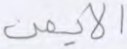
الأيمن